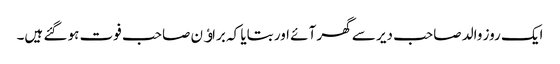
ایک روز والد صاحب دیر سے گھر آئے اور بتایا کہ براﺅن صاحب فوت ہو گئے ہیں۔